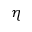
\eta